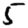
Digit: 5